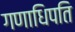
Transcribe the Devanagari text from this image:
गणाधिपति